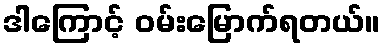
ဒါကြောင့် ဝမ်းမြောက်ရတယ်။